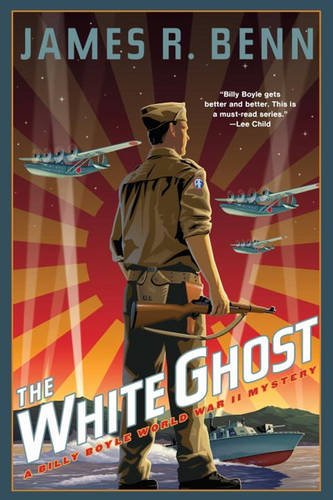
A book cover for The White Ghost (A Billy Boyle WWII Mystery); James R. Benn; Mystery, Thriller & Suspense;